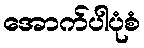
အောက်ပါပုံစံ